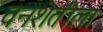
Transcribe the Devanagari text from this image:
वनशेतीला